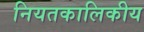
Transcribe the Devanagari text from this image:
नियतकालिकीय